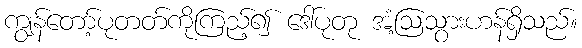
ကျွန်တော့်ပုတတ်ကိုကြည့်၍ ဒေါ်ပုတု အံ့ဩသွားဟန်ရှိသည်။